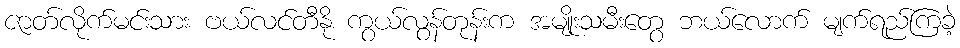
ဇာတ်လိုက်မင်းသား ဗယ်လင်တီနို ကွယ်လွန်တုန်းက အမျိုးသမီးတွေ ဘယ်လောက် မျက်ရည်ကြခဲ့